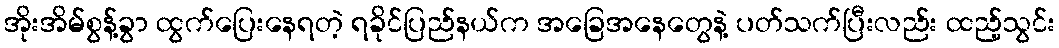
အိုးအိမ်စွန့်ခွာ ထွက်ပြေးနေရတဲ့ ရခိုင်ပြည်နယ်က အခြေအနေတွေနဲ့ ပတ်သက်ပြီးလည်း ထည့်သွင်း